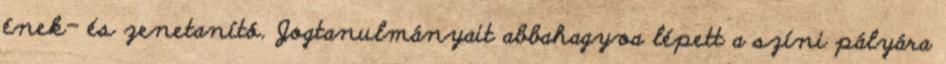
ének- és zenetanító. Jogtanulmányait abbahagyva lépett a színi pályára